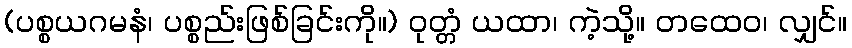
(ပစ္စယဂမနံ၊ ပစ္စည်းဖြစ်ခြင်းကို။) ဝုတ္တံ ယထာ၊ ကဲ့သို့။ တထေဝ၊ လျှင်။